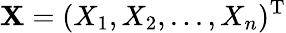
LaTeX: \mathbf{X}=(X_{1},X_{2},...,X_{n})^{\mathrm{T}}